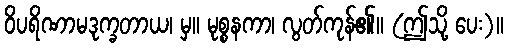
ဝိပရိဏာမဒုက္ခတာယ၊ မှ။ မုစ္စနကာ၊ လွတ်ကုန်၏။ (ဤသို့ ပေး)။